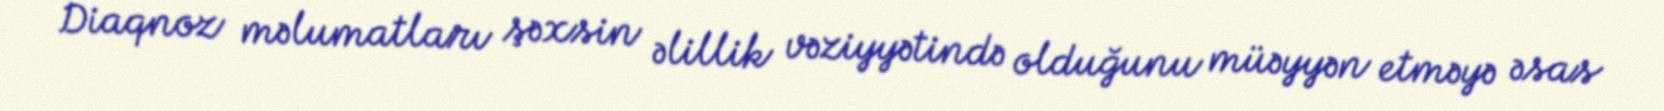
Diaqnoz məlumatları şəxsin əlillik vəziyyətində olduğunu müəyyən etməyə əsas